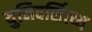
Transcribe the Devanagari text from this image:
युनिवर्सित्य्य